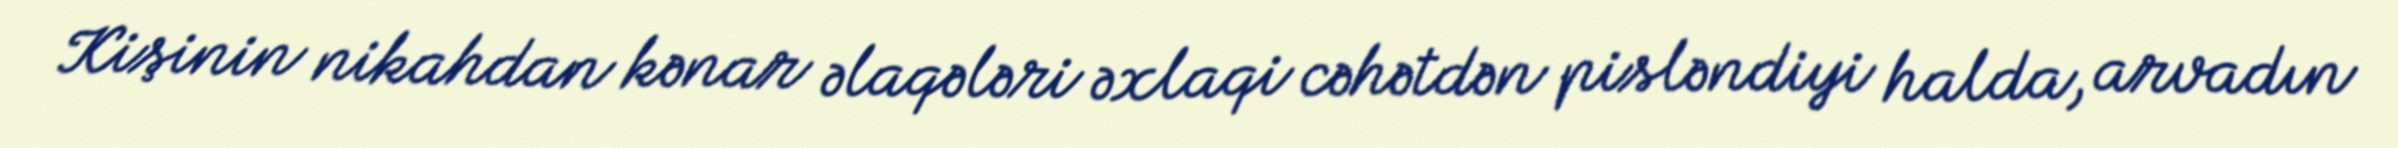
Kişinin nikahdan kənar əlaqələri əxlaqi cəhətdən pisləndiyi halda, arvadın